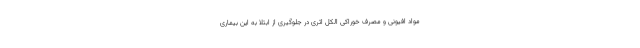
مواد افیونی و مصرف خوراکی الکل اثری در جلوگیری از ابتلا به این بیماری